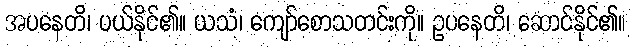
အပနေတိ၊ ပယ်နိုင်၏။ ယသံ၊ ကျော်စောသတင်းကို။ ဥပနေတိ၊ ဆောင်နိုင်၏။